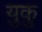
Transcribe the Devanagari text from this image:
युकु